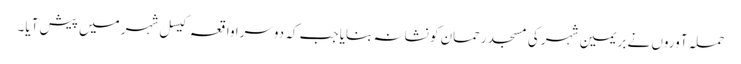
حملہ آوروں نے بریمین شہر کی مسجد رحمان کو نشانہ بنایا جب کہ دوسرا واقعہ کیسل شہر میں پیش آیا۔